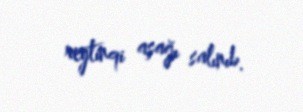
reytinqi aşağı salınıb.